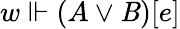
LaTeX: w\Vdash(A\lor\mathit{B})[e]